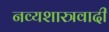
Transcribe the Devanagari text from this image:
नव्यशास्त्रवादी